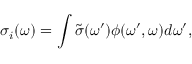
\sigma _ { i } ( \omega ) = \int \tilde { \sigma } ( \omega ^ { \prime } ) \phi ( \omega ^ { \prime } , \omega ) d \omega ^ { \prime } ,